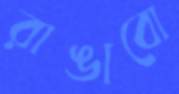
রাঙাবো